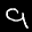
Label: 9